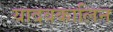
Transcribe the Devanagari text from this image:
यादवकालिन